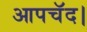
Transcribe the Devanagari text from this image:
आपचॅद।